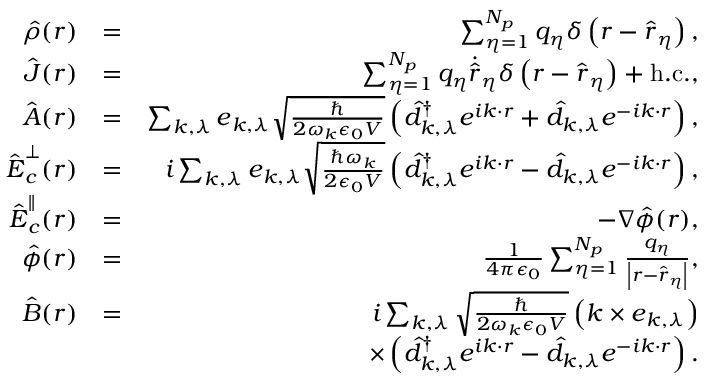
\begin{array} { r l r } { \hat { \rho } ( \boldsymbol r ) } & { = } & { \sum _ { \eta = 1 } ^ { N _ { p } } q _ { \eta } \delta \left( { \boldsymbol r } - \hat { \boldsymbol r } _ { \eta } \right) , } \\ { \hat { \boldsymbol J } ( \boldsymbol r ) } & { = } & { \sum _ { \eta = 1 } ^ { N _ { p } } q _ { \eta } \dot { \hat { \boldsymbol { r } } } _ { \eta } \delta \left( { \boldsymbol r } - \hat { \boldsymbol r } _ { \eta } \right) + \mathrm { h . c . } , } \\ { \hat { \boldsymbol A } ( \boldsymbol r ) } & { = } & { \sum _ { \boldsymbol k , \lambda } { \boldsymbol e } _ { \boldsymbol k , \lambda } \sqrt { \frac { \hbar } { 2 \omega _ { \boldsymbol k } \epsilon _ { 0 } V } } \left( \hat { d } _ { \boldsymbol k , \lambda } ^ { \dagger } e ^ { i \boldsymbol k \cdot \boldsymbol r } + \hat { d } _ { \boldsymbol k , \lambda } e ^ { - i \boldsymbol k \cdot \boldsymbol r } \right) , } \\ { \hat { \boldsymbol E } _ { c } ^ { \perp } ( \boldsymbol r ) } & { = } & { i \sum _ { \boldsymbol k , \lambda } { \boldsymbol e } _ { \boldsymbol k , \lambda } \sqrt { \frac { \hbar \omega _ { \boldsymbol k } } { 2 \epsilon _ { 0 } V } } \left( \hat { d } _ { \boldsymbol k , \lambda } ^ { \dagger } e ^ { i \boldsymbol k \cdot \boldsymbol r } - \hat { d } _ { \boldsymbol k , \lambda } e ^ { - i \boldsymbol k \cdot \boldsymbol r } \right) , } \\ { \hat { \boldsymbol E } _ { c } ^ { \parallel } ( \boldsymbol r ) } & { = } & { - \boldsymbol \nabla \hat { \phi } ( \boldsymbol r ) , } \\ { \hat { \phi } ( \boldsymbol r ) } & { = } & { \frac { 1 } { 4 \pi \epsilon _ { 0 } } \sum _ { \eta = 1 } ^ { N _ { p } } \frac { q _ { \eta } } { \left| \boldsymbol r - \hat { \boldsymbol r } _ { \eta } \right| } , } \\ { \hat { \boldsymbol B } ( \boldsymbol r ) } & { = } & { i \sum _ { \boldsymbol k , \lambda } \sqrt { \frac { \hbar } { 2 \omega _ { \boldsymbol k } \epsilon _ { 0 } V } } \left( \boldsymbol k \times { \boldsymbol e } _ { \boldsymbol k , \lambda } \right) } \\ & { } & { \times \left( \hat { d } _ { \boldsymbol k , \lambda } ^ { \dagger } e ^ { i \boldsymbol k \cdot \boldsymbol r } - \hat { d } _ { \boldsymbol k , \lambda } e ^ { - i \boldsymbol k \cdot \boldsymbol r } \right) . } \end{array}